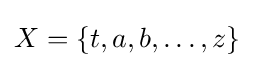
X=\{t,a,b,\dots ,z\}